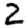
Digit: 2